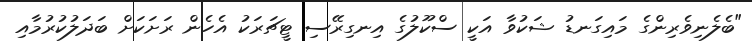
"ބެލެނިވެރިންގެ މައިގަނޑު ޝަކުވާ އަކީ ސްކޫލުގެ އިނގިރޭސި ޓީޗަރަކު އެހެން ރަށަކަށް ބަދަލުކުރުމާއި